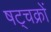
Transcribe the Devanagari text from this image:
षट्चक्रों